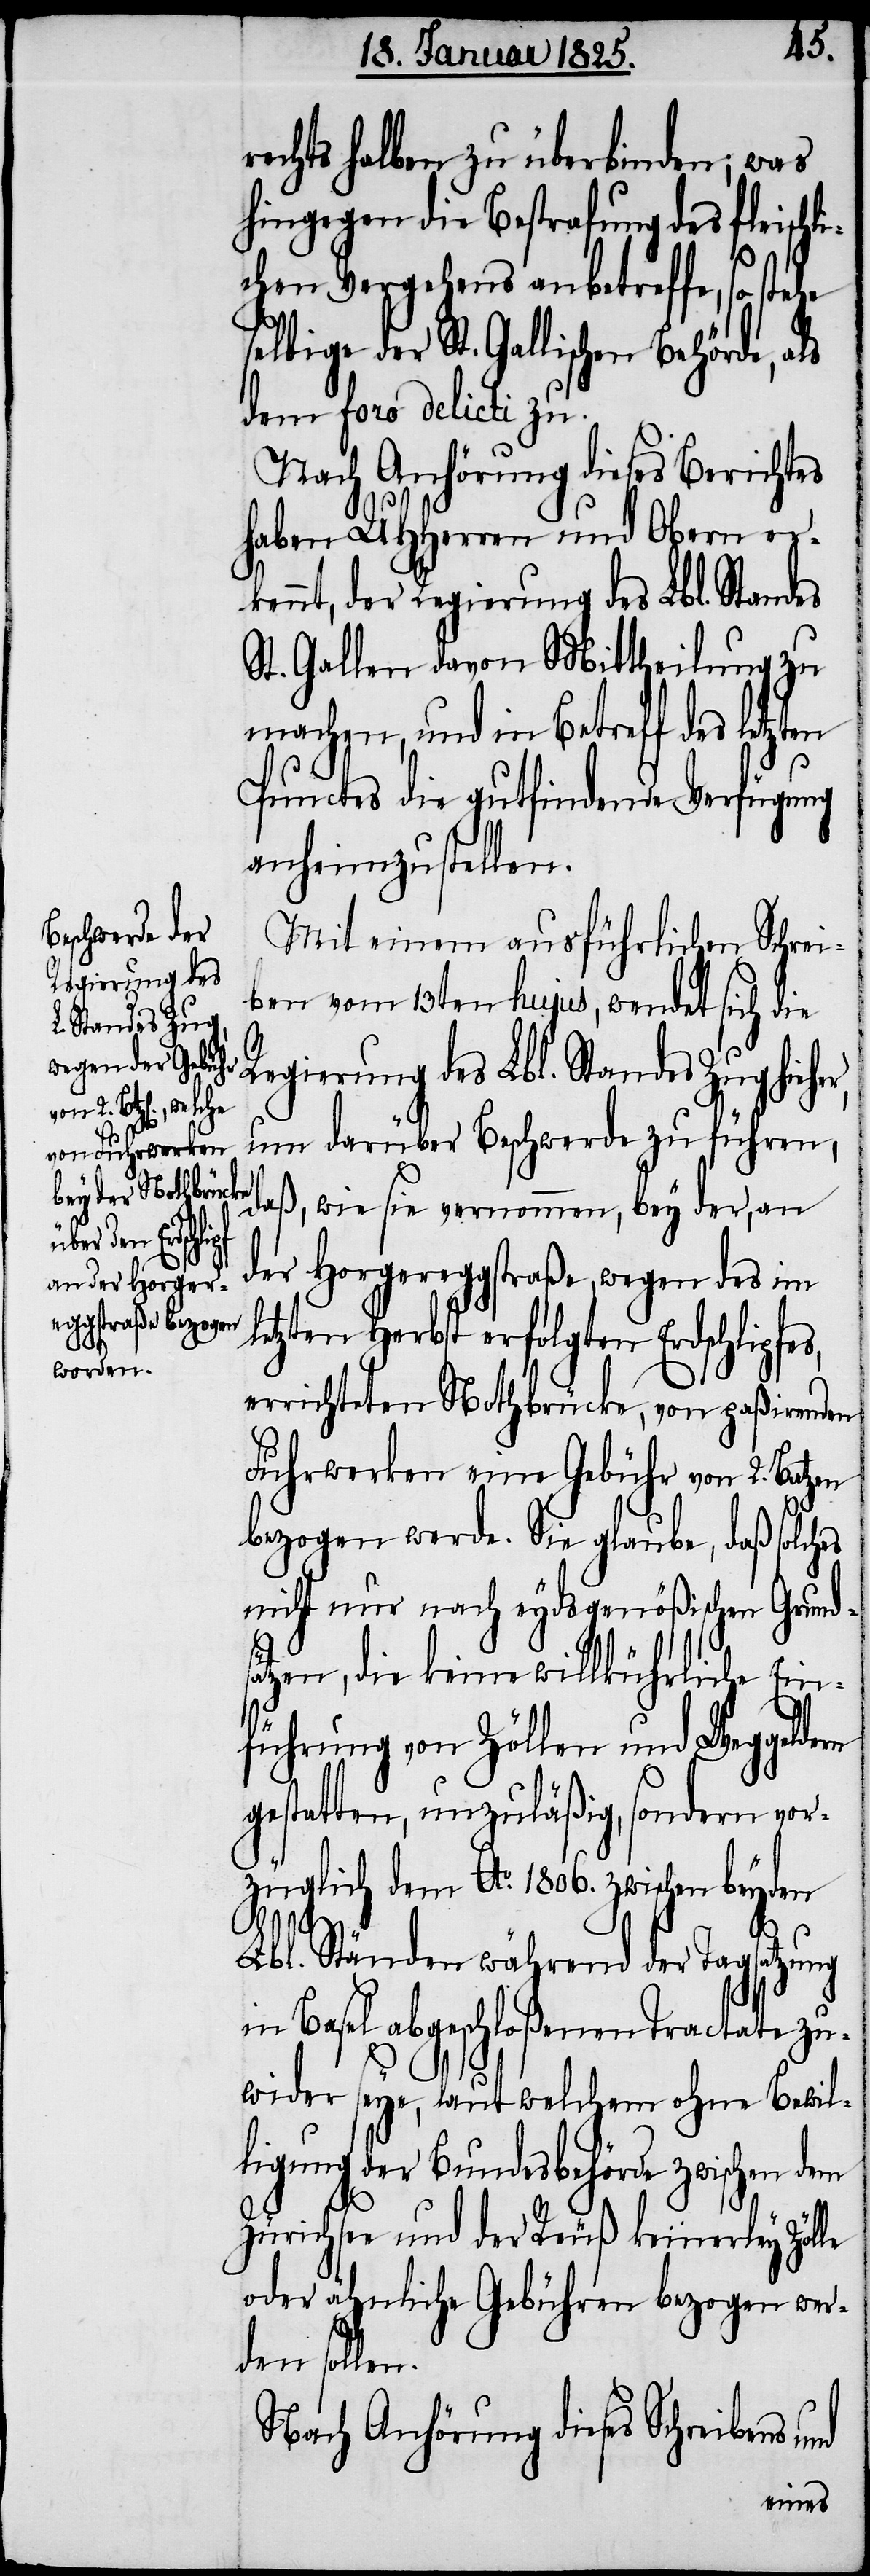
der St. Gall¬
rde, als
en

rechts halben zu überbinden, was
hingegen die Bestrafung des fleischl¬
ichen Vergehens anbetreffe, so ste¬
dem foro delicti zu.
Nach Anhörung dieses Berichtes
haben UHHerren und Obern er¬
kennt, der Regierung des Lbl. Standes
St. Gallen davon Mittheilung zu
machen, und in Betreff des letzten
Punctes die gutfindende Verfügung
anheimzustellen.
Mit einem ausführlichen Schrei¬
ben vom 13ten hujus, wendet sich die
Regierung des Lbl. Standes Zug hieh¬
um darüber Beschwerde zu führen,
daß, wie sie vernommen, bey der, an
der Horgereggstraße, wegen des im
letzten Herbst erfolgten Erdschlipfes,
errichteten Nothbrücke, von paßirenden
Fuhrwerken eine Gebühr von 2. Batz¬
bezogen werde. Sie glaube, daß solches
nicht nur nach eydsgenößischen Grunds¬
ätzen, die keine willkürliche Ein¬
führung von Zöllen und Weggeldern
gestatten, unzuläßig, sondern vor¬
züglich dem Ao. 1806. zwischen beyden
Lbl. Ständen während der Tagsatzung
in Basel abgeschloßenen Tractate zu¬
wider seye, laut welchem ohne Bewil¬
ligung der Bundesbehörde zwischen dem
Zürichsee und der Reuß keinerley
oder ähnliche Gebühren bezogen wer¬
den sollen.
Nach Anhörung dieses Schreibens